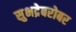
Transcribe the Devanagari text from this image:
सुभद्रेबरोबर